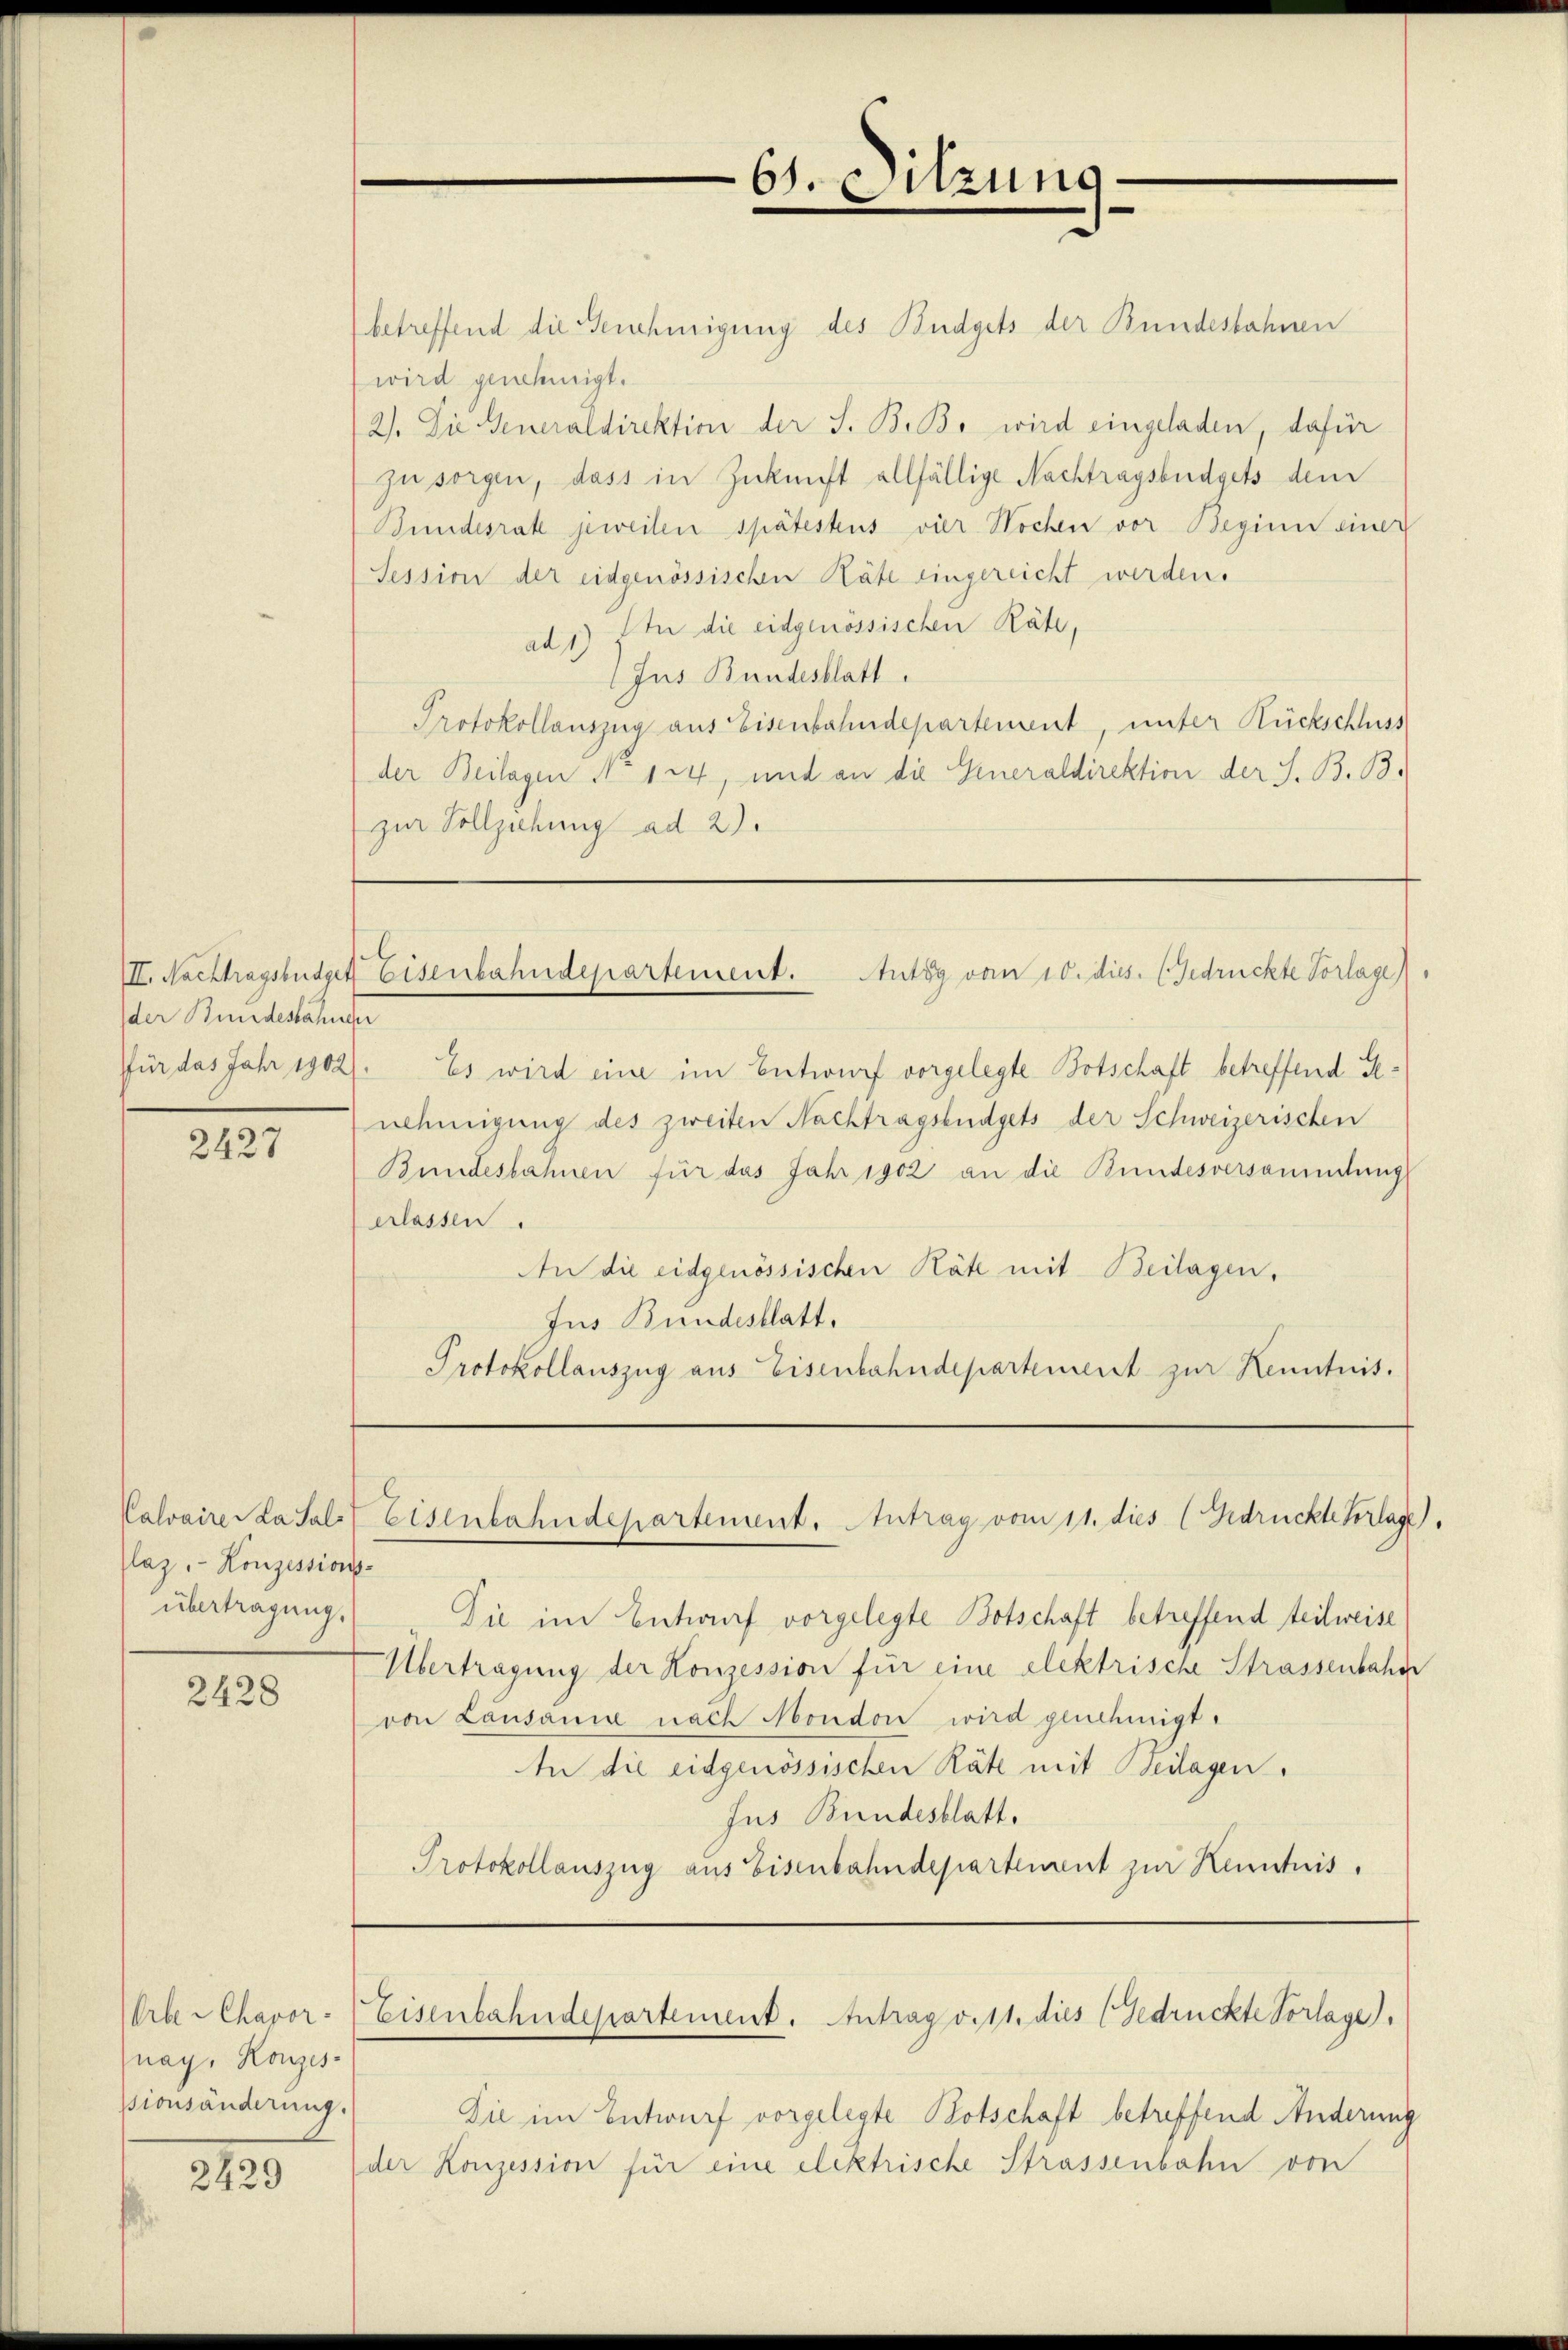
der Bundesahnen

2427

Plaz, Konzessions-
übertragung,

2428

nay, Konzes
sionsänderung.

2129

betreffend die Genehmigung des Budgets der Bundesbahnen
wird genehmigt.
2). Die Generaldirektion der S. B. B. wird eingeladen, dafür
zu sorgen, dass in Zukunft allfällige Nachtragsbüdgets dem
Bundesrate jeweilen spätestius vier Wochen vor Beginn einer
Session der eidgenössischen Räte eingereicht werden.
ad 1) In die eidgenössischen Räte,
Jus Bundesblatt.
Protokollauszug aus Eisenbahndepartement, unter Rückschluss
der Beilagen No 124, und an die Generaldirektion der S. B. B.
zur Vollziehung ad 2.

für das Jahr 1902). Es wird eine im Entwurf vorgelegte Botschaft betreffend Senehmigung des zweiten Nachtragsbüdgets der Schweizerischen
Bundesbahnen für das Jahr 1902 an die Bundesversammdung
erlassen.
An die eidgenössischen Räte mit Beilagen,
Jus Bundesblatt.
Protokollauszug aus Eisenbahndepartement zur Kenntnis.

61. Sitzung.

III. Nachtragstudget Eisenbahndepartement. Antig vom 10. dies. (Gedrückte Vorlage

Die im Entwurf vorgelegte Botschaft betreffend teilweise
Übertragung der Konzession für eine elektrische Strassenbahne
von Lausanne nach Mondon wird genehmigt.
In die eidgenössischen Räte mit Beilagen.
Jus Bundesblatt.
Protokollauszug aus Eisenbahndepartement zur Kenntnis.

Kalvaire. La sal Eisenbahndepartement. Antrag vom 11. dies (Gedrückte Verlage.

Orbe Chavor Eisenbahndepartement. Antrag v. 11. dies (Gedrückte Vorlage).

Die im Entwurf vorgelegte Botschaft betreffend Anderung
(der Konzession für eine elektrische Strassenbahn von